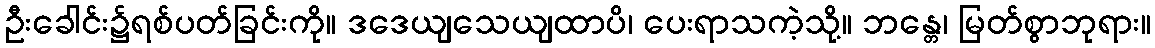
ဦးခေါင်း၌ရစ်ပတ်ခြင်းကို။ ဒဒေယျသေယျထာပိ၊ ပေးရာသကဲ့သို့။ ဘန္တေ၊ မြတ်စွာဘုရား။